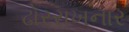
ઢોરરાખનાર